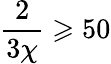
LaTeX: \frac{2}{3\chi}\geqslant 50